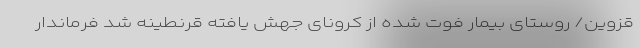
قزوین/ روستای بیمار فوت شده از کرونای جهش یافته قرنطینه شد فرماندار